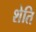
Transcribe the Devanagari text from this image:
शेति